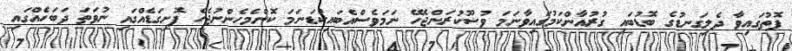
ފޮތުގައިވާ ދެލިގަނޑުގެ ބޮޑުބައި ގުރުއާންކަމުގައިވާނަމަ ވުޟޫކުރަންޖެހޭ ނަމަވެސްއެބައިކުޑަނަމަ ކޮންމެހެންނުޖެހެ ފޮށިގަޑެއްގައި ނުވަތަ ދަބަހެއްގައި